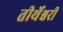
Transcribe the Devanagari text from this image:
तीर्थेश्वरी